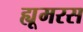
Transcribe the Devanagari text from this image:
ह्यूमरस